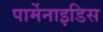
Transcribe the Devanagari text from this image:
पार्मेनाइडिस